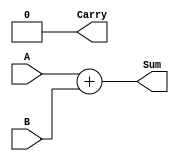
module Adder (
    input wire [7:0] A,
    input wire [7:0] B,
    output reg [8:0] Sum,
    output reg Carry
);

// Addition block
always @*
begin
    {Carry, Sum} = A + B;
end

endmodule